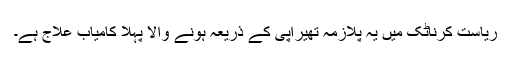
ریاست کرناٹک میں یہ پلازمہ تھیراپی کے ذریعہ ہونے والا پہلا کامیاب علاج ہے۔